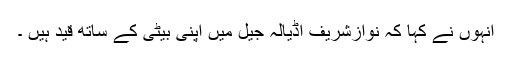
انہوں نے کہا کہ نوازشریف اڈیالہ جیل میں اپنی بیٹی کے ساتھ قید ہیں ۔